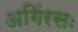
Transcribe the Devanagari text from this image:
अगिंरसः